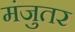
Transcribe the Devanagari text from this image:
मंजुतर